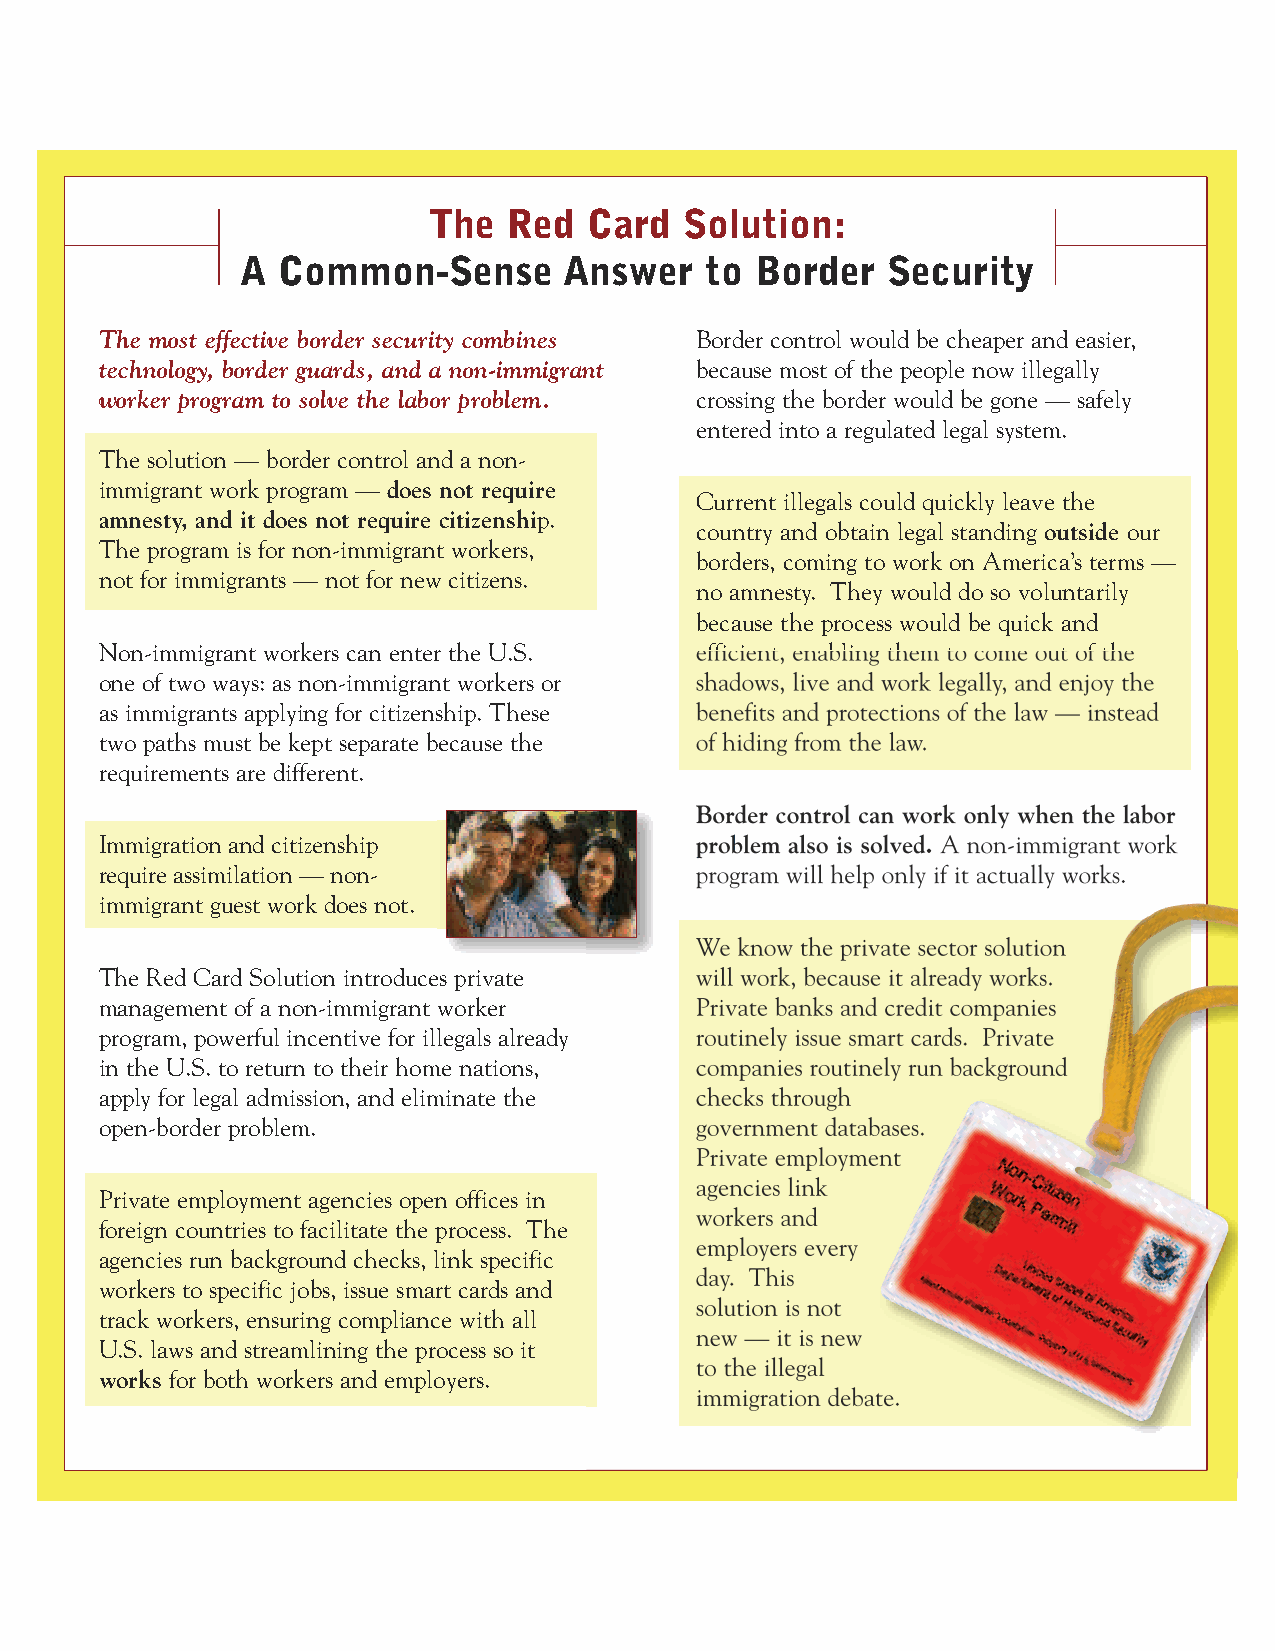
The   Red  Card  Solution:
 A Common-Sense       Answer    to Border   Security
 The most effective border security combines Border control would be cheaper and easier,
 technology, border guards, and a non-immigrant because most of the people now illegally
 worker program to solve the labor problem. crossing the border would be gone — safely
 entered into a regulated legal system.
 The solution — border control and a non-
 immigrant work program — does not require
 Current illegals could quickly leave the
 amnesty, and it does not require citizenship.
 country and obtain legal standing outside our
 The program is for non-immigrant workers,
 borders, coming to work on America’s terms —
 not for immigrants — not for new citizens.
 no amnesty. They would do so voluntarily
 because the process would be quick and
 Non-immigrant workers can enter the U.S. efficient, enabling them to come out of the
 one of two ways: as non-immigrant workers or shadows, live and work legally, and enjoy the
 as immigrants applying for citizenship. These benefits and protections of the law — instead
 two paths must be kept separate because the of hiding from the law.
 requirements are different.
 Border control can work only when the labor
 Immigration and citizenship            problem also is solved. A non-immigrant work
 require assimilation — non-            program will help only if it actually works.
 immigrant guest work does not.
 We know the private sector solution
 The Red Card Solution introduces private will work, because it already works.
 management of a non-immigrant worker   Private banks and credit companies
 program, powerful incentive for illegals already routinely issue smart cards. Private
 in the U.S. to return to their home nations, companies routinely run background
 apply for legal admission, and eliminate the checks through
 open-border problem.                   government databases.
 Private employment
 agencies link
 Private employment agencies open offices in
 workers and
 foreign countries to facilitate the process. The
 employers every
 agencies run background checks, link specific
 day. This
 workers to specific jobs, issue smart cards and
 solution is not
 track workers, ensuring compliance with all
 new — it is new
 U.S. laws and streamlining the process so it
 to the illegal
 works for both workers and employers.
 immigration debate.